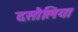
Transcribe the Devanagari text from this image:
दसौलिया